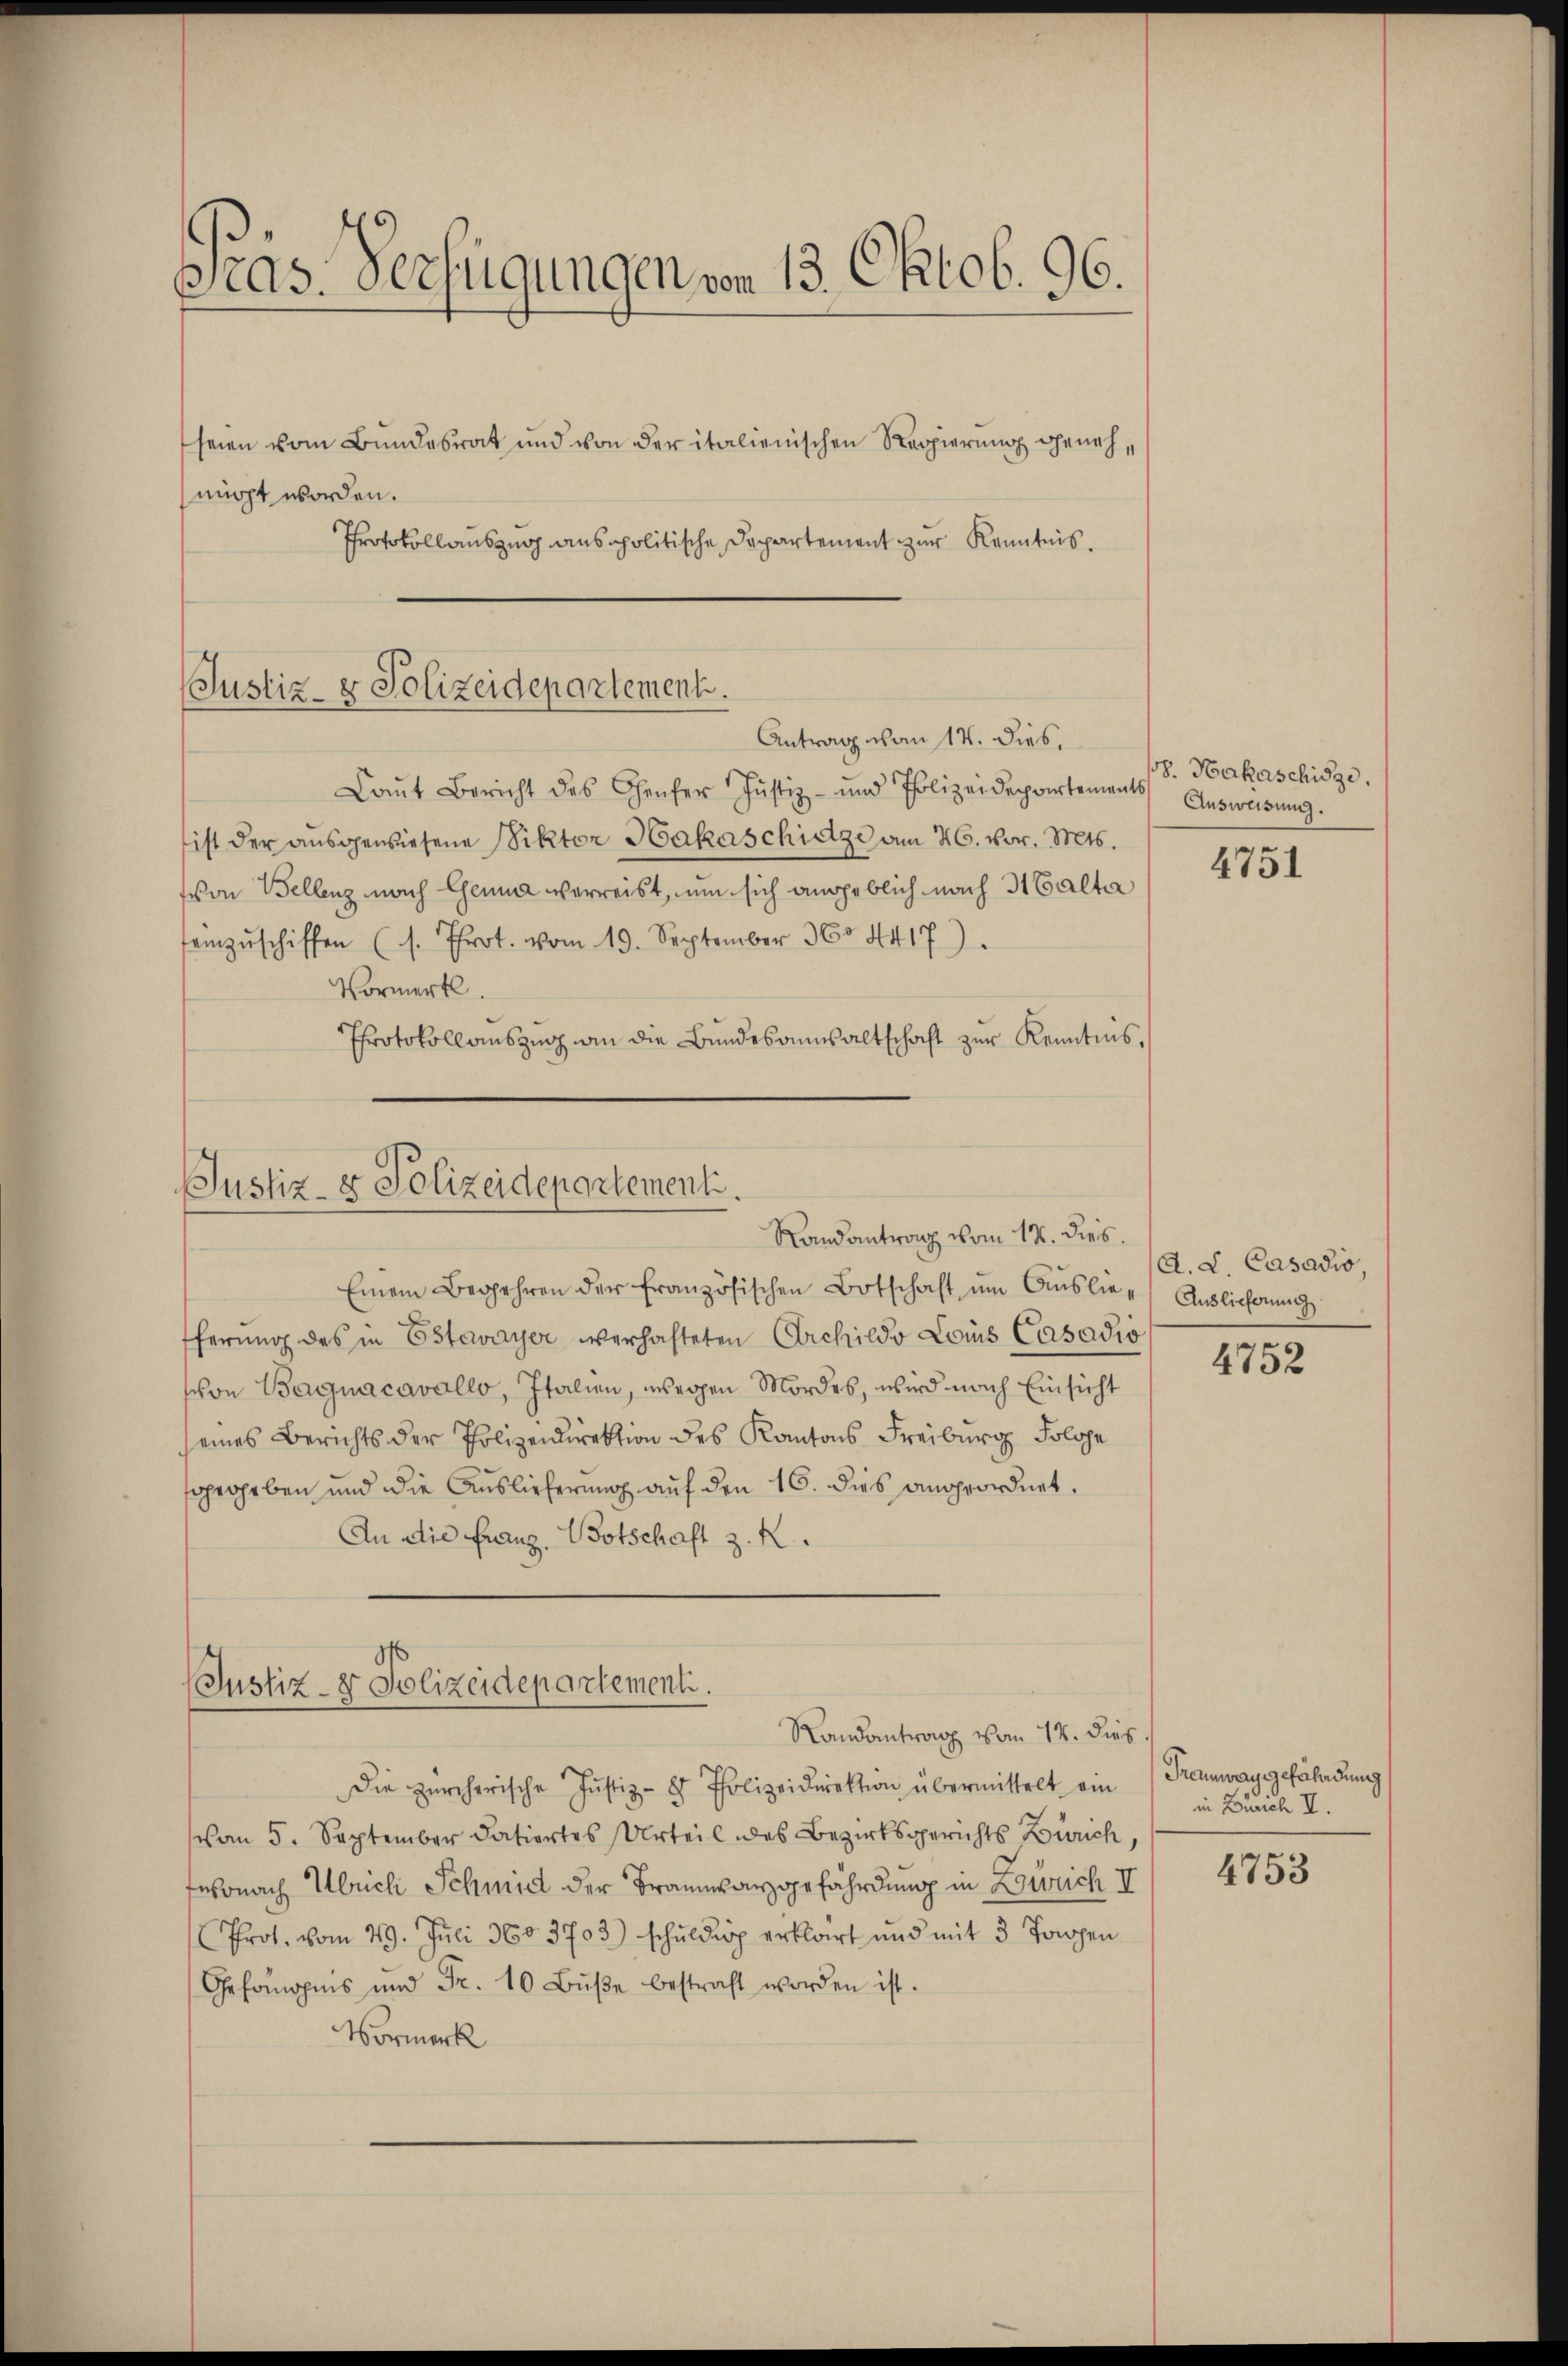
pras. Verfügungen von 13. Oktob. 96.
seien vom Bundesrat und von der italienischen Reppierung geneh¬

nicht worden.
Protokollauszug anspolitische Departement zur Kenntnis.

Justiz- & Polizeidepartement.
Antrag von 17. dies

Laŭt Bericht des Genfer Justiz- und Polizeidepartements Ausweisŭng.
ist der aŭsgewiesene Viktor Hakaschidze am 26. vor. Mts.
von Bellenz nach Genua verreist, um sich angeblich nach 3 Calta
samzŭschiffen (s. Prot. vom 19. September 360. 4417.
Vormerk.
Protokollauszug an die Bundesanwaltschaft zur Kenntnis,

(Justiz- & Polizeidepartement.
Randantrang vom 12. dies.

Einem Begehren der französischen Botschaft ŭm Aŭslie Auslieferung
ferŭng des in Estavayer verhafteten Archilde Lois Casadio
schon Bagnacavallo, Italien, wegen Mordes, wird nach Einsicht
seines Berichts der Polizeidirektion des Kantons Freiburg, Folge
sroheben und die Auslieferung auf den 16. dies angeordnet.
An die Franz, Botschaft z. R.

(Justiz- & Polizeidepartementi.
Randantrag vom 12. dies

Die zürcherische Justiz- & Polizeidirektion übermittelt ein Tramwaggefährdung
vom 5. September datiertes Urteil des Bezirksgerichts Zürich,
Fnsonach Ulrich Schmid der Braunwangefährdung in Zürich II
Prot. vom 29. Juli 1603703) schŭldig erklärt und mit 3 Tagen
Gefomopiis und Fr. 10 Bŭβe bestraft worden ist.
Vormerk

8. Hakaschidze.

4751

A. L. Casadio

4752

in Zürich II.

4753